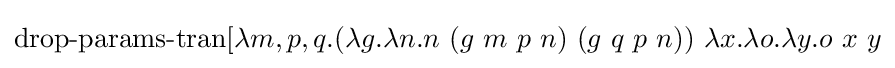
\operatorname {drop-params-tran} [\lambda m,p,q.(\lambda g.\lambda n.n\ (g\ m\ p\ n)\ (g\ q\ p\ n))\ \lambda x.\lambda o.\lambda y.o\ x\ y